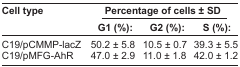
| Cell type | <COLSPAN=3> Percentage of cells ± SD |
 |  | G1 (%): | G2 (%): | S (%): |
 | --- | --- | --- | --- |
 | C19/pCMMP-lacZ | 50.2 ± 5.8 | 10.5 ± 0.7 | 39.3 ± 5.5 |
 | C19/pMFG-AhR | 47.0 ± 2.9 | 11.0 ± 1.8 | 42.0 ± 1.2 |